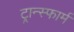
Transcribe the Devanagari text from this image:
ट्रान्स्फार्म